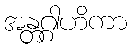
အန္တဂ္ဂါဟိကာ